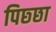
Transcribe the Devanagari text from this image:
पिछ्छा